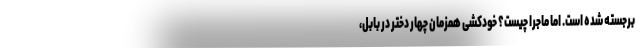
برجسته شده است. اما ماجرا چیست؟ خودکشی همزمان چهار دختر در بابل،